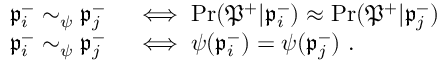
\begin{array} { r l } { \mathfrak { p } _ { i } ^ { - } \sim _ { \psi } \mathfrak { p } _ { j } ^ { - } } & { { } \iff \operatorname* { P r } ( \mathfrak { P } ^ { + } | \mathfrak { p } _ { i } ^ { - } ) \approx \operatorname* { P r } ( \mathfrak { P } ^ { + } | \mathfrak { p } _ { j } ^ { - } ) } \\ { \mathfrak { p } _ { i } ^ { - } \sim _ { \psi } \mathfrak { p } _ { j } ^ { - } } & { { } \iff \psi ( \mathfrak { p } _ { i } ^ { - } ) = \psi ( \mathfrak { p } _ { j } ^ { - } ) ~ . } \end{array}